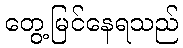
တွေ့မြင်နေရသည်